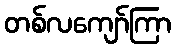
တစ်လကျော်ကြာ